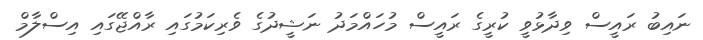
ނައިބު ރައީސް ވިދާޅުވީ ކުރީގެ ރައީސް މުހައްމަދު ނަޝީދުގެ ވެރިކަމުގައި ރާއްޖޭގައި އިސްލާމް